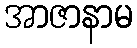
အာဇာနာမ